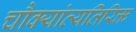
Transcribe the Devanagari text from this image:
चौक्यांव्यतिरिक्त